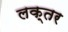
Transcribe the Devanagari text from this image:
लक्तर